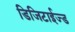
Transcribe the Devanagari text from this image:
डिजिटाईज्ड